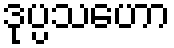
ဒုပ္ပသဟော